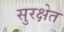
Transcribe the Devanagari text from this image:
सुरक्षेत